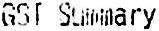
GST SUMMARY